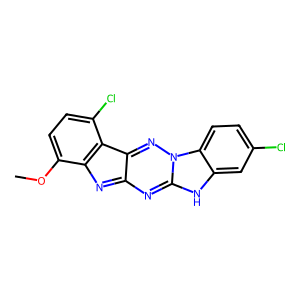
SMILES: COc1ccc(Cl)c2c3nn4c(nc-3nc12)[nH]c1cc(Cl)ccc14
Inhibits HIV replication: No